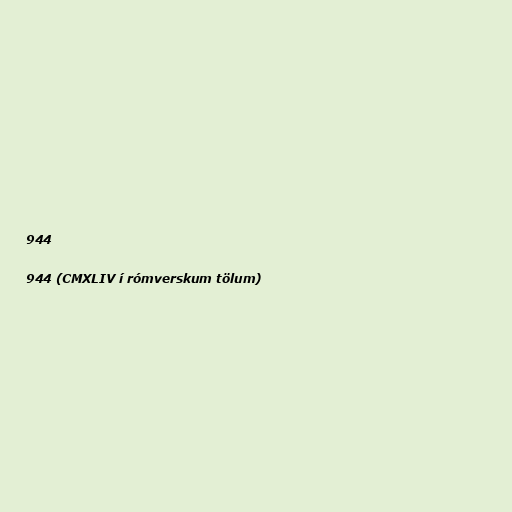
944

944 (CMXLIV í rómverskum tölum)